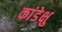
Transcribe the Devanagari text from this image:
कांडेक्षु